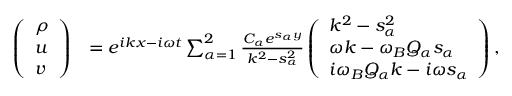
\begin{array} { r l } { \left( \begin{array} { l } { \rho } \\ { u } \\ { v } \end{array} \right) } & { = e ^ { i k x - i \omega t } \sum _ { \alpha = 1 } ^ { 2 } \frac { C _ { \alpha } e ^ { s _ { \alpha } y } } { k ^ { 2 } - s _ { \alpha } ^ { 2 } } \left( \begin{array} { l } { k ^ { 2 } - s _ { \alpha } ^ { 2 } } \\ { \omega k - \omega _ { B } Q _ { \alpha } s _ { \alpha } } \\ { i \omega _ { B } Q _ { \alpha } k - i \omega s _ { \alpha } } \end{array} \right) , } \end{array}